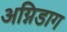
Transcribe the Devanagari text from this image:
अग्निडाग